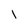
Character: l